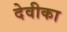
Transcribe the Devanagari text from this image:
देवीका